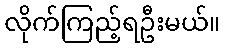
လိုက်ကြည့်ရဦးမယ်။